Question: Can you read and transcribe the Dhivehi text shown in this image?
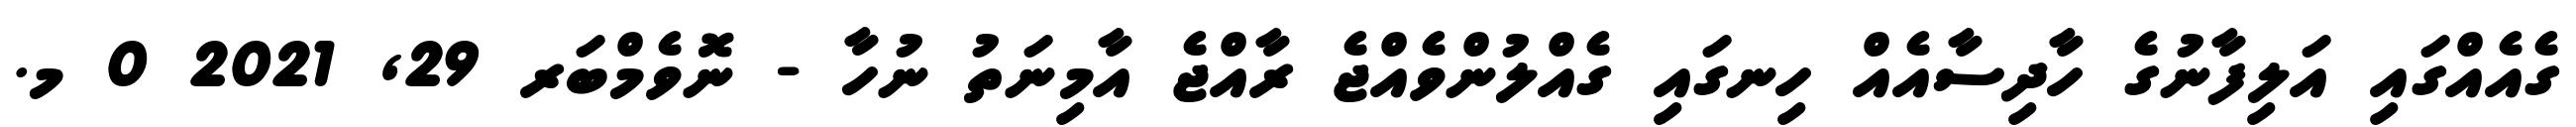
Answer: ގެއެއްގައި އަލިފާނުގެ ހާދިސާއެއް ހިނގައި ގެއްލުންވެއްޖެ ރާއްޖެ އާމިނަތު ނުހާ - ނޮވެމްބަރ 29, 2021 0 މ.